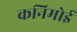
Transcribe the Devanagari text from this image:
कनिमोई